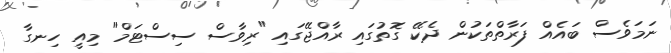
ނަމަވެސް ބައެއް ފަރާތްތަކުން ދެކޭ ގޮތުގައި ރާއްޖޭގައި "ރިވާސް ސިސްޓަމް" މިއީ ހިނގާ